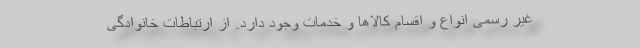
غیر رسمی انواع و اقسام کالاها و خدمات وجود دارد. از ارتباطات خانوادگی